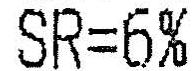
SR=6%